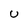
Character: U